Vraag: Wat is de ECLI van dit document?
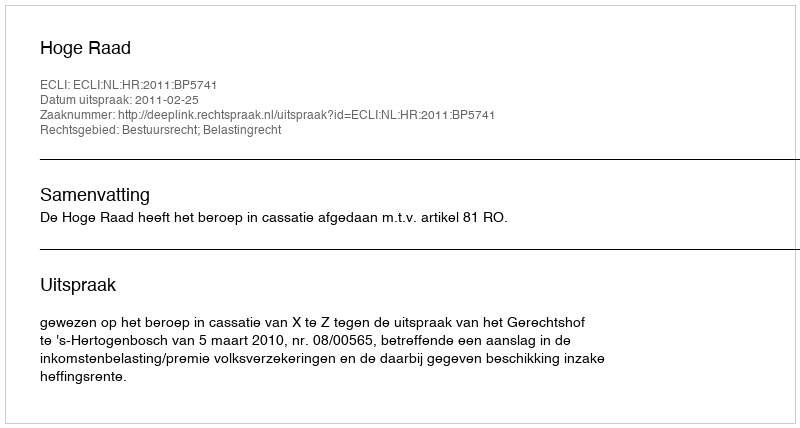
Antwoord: ECLI:NL:HR:2011:BP5741